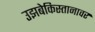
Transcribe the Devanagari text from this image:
उझबेकिस्तानावर